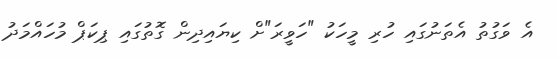
އެ ވަގުތު އެތަނުގައި ހުރި މީހަކު "ހަވީރަ"ށް ކިޔައިދިން ގޮތުގައި ޕިކަޕް މުހައްމަދު